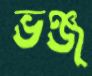
ভঞ্জ